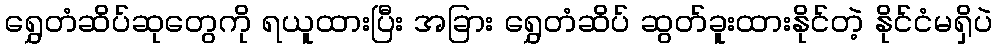
ရွှေတံဆိပ်ဆုတွေကို ရယူထားပြီး အခြား ရွှေတံဆိပ် ဆွတ်ခူးထားနိုင်တဲ့ နိုင်ငံမရှိပဲ